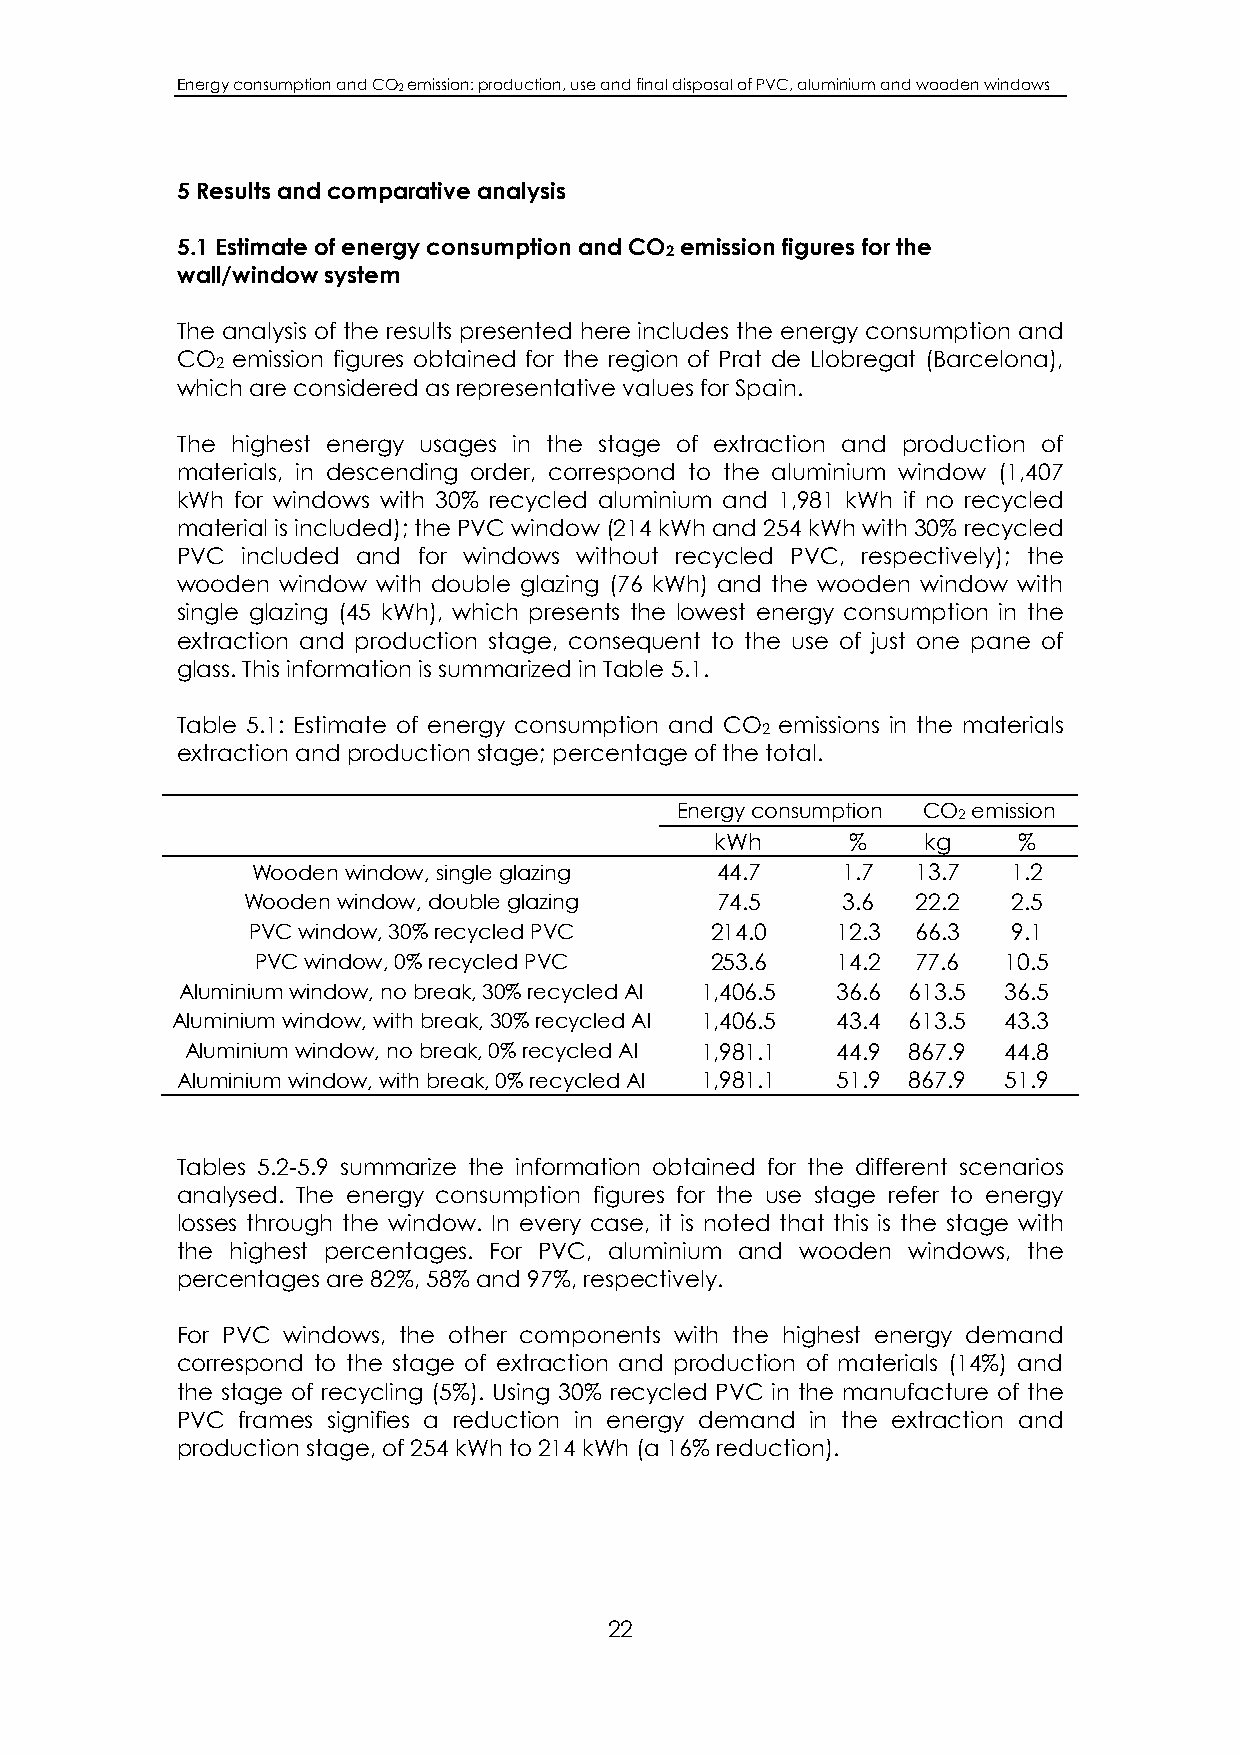
Energy consumption and CO2 emission: production, use and final disposal of PVC, aluminium and wooden windows
 5 Results and comparative analysis
 5.1 Estimate of energy consumption and CO emission figures for the
 2
 wall/window system
 The analysis of the results presented here includes the energy consumption and
 CO emission figures obtained for the region of Prat de Llobregat (Barcelona),
 2
 which are considered as representative values for Spain.
 The highest energy usages in the stage of extraction and production of
 materials, in descending order, correspond to the aluminium window (1,407
 kWh for windows with 30% recycled aluminium and 1,981 kWh if no recycled
 material is included); the PVC window (214 kWh and 254 kWh with 30% recycled
 PVC included and for windows without recycled PVC, respectively); the
 wooden window with double glazing (76 kWh) and the wooden window with
 single glazing (45 kWh), which presents the lowest energy consumption in the
 extraction and production stage, consequent to the use of just one pane of
 glass. This information is summarized in Table 5.1.
 Table 5.1: Estimate of energy consumption and CO emissions in the materials
 2
 extraction and production stage; percentage of the total.
 Energy consumption CO emission
 2
 kWh      %    kg    %
 Wooden window, single glazing 44.7     1.7  13.7  1.2
 Wooden window, double glazing  74.5     3.6  22.2  2.5
 PVC window, 30% recycled PVC   214.0   12.3  66.3  9.1
 PVC window, 0% recycled PVC   253.6   14.2  77.6 10.5
 Aluminium window, no break, 30% recycled Al 1,406.5 36.6 613.5 36.5
 Aluminium window, with break, 30% recycled Al 1,406.5 43.4 613.5 43.3
 Aluminium window, no break, 0% recycled Al 1,981.1 44.9 867.9 44.8
 Aluminium window, with break, 0% recycled Al 1,981.1 51.9 867.9 51.9
 Tables 5.2-5.9 summarize the information obtained for the different scenarios
 analysed. The energy consumption figures for the use stage refer to energy
 losses through the window. In every case, it is noted that this is the stage with
 the highest percentages. For PVC, aluminium and wooden windows, the
 percentages are 82%, 58% and 97%, respectively.
 For PVC windows, the other components with the highest energy demand
 correspond to the stage of extraction and production of materials (14%) and
 the stage of recycling (5%). Using 30% recycled PVC in the manufacture of the
 PVC frames signifies a reduction in energy demand in the extraction and
 production stage, of 254 kWh to 214 kWh (a 16% reduction).
 22